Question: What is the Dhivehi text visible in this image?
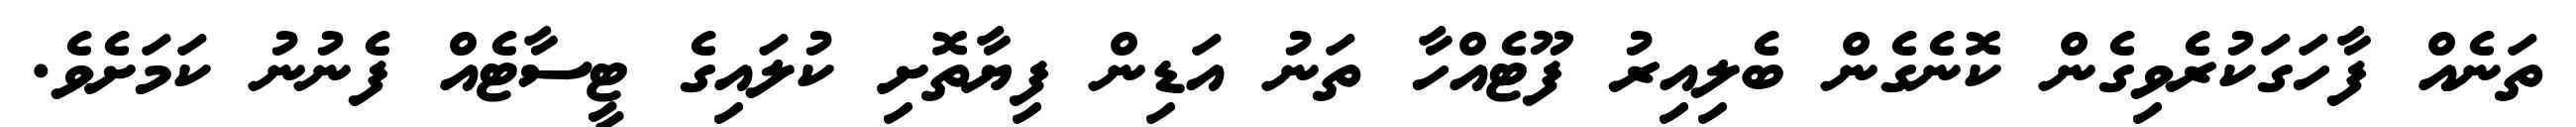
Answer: ތަނެއް ފާހަގަކުރެވިގެން ކޮނެގެން ބެލިއިރު ފޫޓެއްހާ ތަނު އަޑިން ފިޔާތޮށި ކުލައިގެ ޓީސާޓެއް ފެނުނު ކަމަށެވެ.